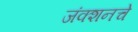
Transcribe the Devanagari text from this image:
जंक्शनचे